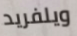
ويلفريد